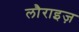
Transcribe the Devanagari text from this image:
लौराइज़